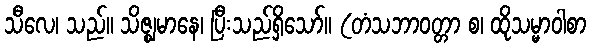
သီလေ၊ သည်။ သိဇ္ဈမာနေ၊ ပြီးသည်ရှိသော်။ (တံသဘာဝတ္တာ စ၊ ထိုသမ္မာဝါစာ